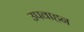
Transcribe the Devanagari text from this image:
उपवाहन